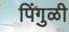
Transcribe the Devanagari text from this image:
पिंगुळी